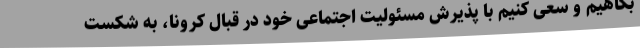
بکاهیم و سعی کنیم با پذیرش مسئولیت اجتماعی خود در قبال کرونا، به شکست